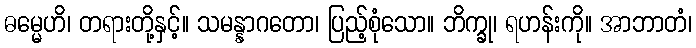
ဓမ္မေဟိ၊ တရားတို့နှင့်။ သမန္နာဂတော၊ ပြည့်စုံသော။ ဘိက္ခု၊ ရဟန်းကို။ အာဘာတံ၊